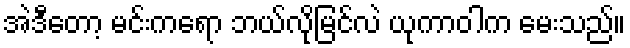
အဲဒီတော့ မင်းကရော ဘယ်လိုမြင်လဲ ယုကာဝါက မေးသည်။